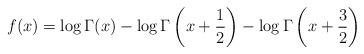
LaTeX: \begin{align*}f(x) = \log \Gamma(x) - \log\Gamma\left(x+\frac12\right) - \log\Gamma\left(x+\frac32\right)\end{align*}